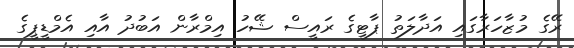
ރޭގެ މުޒާހަރާގައި އަދާލަތު ޕާޓީގެ ރައީސް ޝޭހު އިމްރާން އަބުދު އާއި އެމްޑީޕީގެ